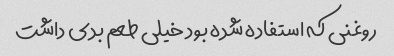
روغنی که استفاده شده بود خیلی طعم بدی داشت